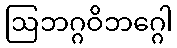
ဩဘဂ္ဂဝိဘဂ္ဂေါ